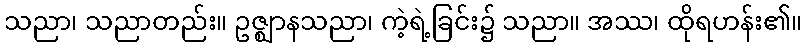
သညာ၊ သညာတည်း။ ဥဇ္ဈာနသညာ၊ ကဲ့ရဲ့ခြင်း၌ သညာ။ အဿ၊ ထိုရဟန်း၏။